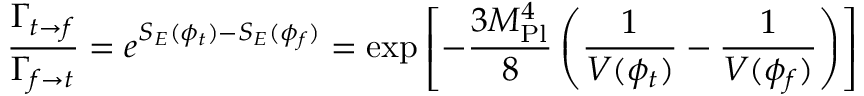
{ \frac { \Gamma _ { t \rightarrow f } } { \Gamma _ { f \rightarrow t } } } = e ^ { S _ { E } ( \phi _ { t } ) - S _ { E } ( \phi _ { f } ) } = \exp \left[ - { \frac { 3 M _ { \mathrm { P l } } ^ { 4 } } { 8 } } \left( { \frac { 1 } { V ( \phi _ { t } ) } } - { \frac { 1 } { V ( \phi _ { f } ) } } \right) \right]